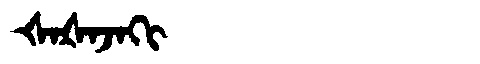
Manchu: ᡧᠠᡧᠠᠵᠠᡴᡳ
Romanization: ŠAŠAJAKI